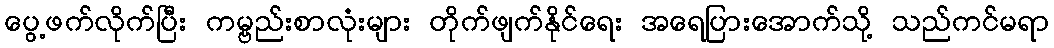
ပွေ့ဖက်လိုက်ပြီး ကမ္ဗည်းစာလုံးများ တိုက်ဖျက်နိုင်ရေး အရေပြားအောက်သို့ သည်ကင်မရာ